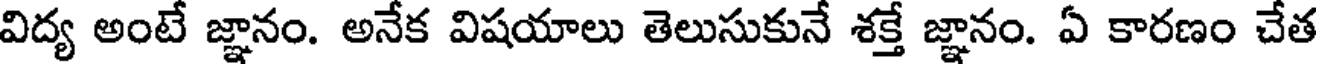
విద్య అంటే జ్ఞానం. అనేక విషయాలు తెలుసుకునే శక్తే జ్ఞానం. ఏ కారణం చేత